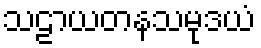
သဠာယတနသမုဒယံ